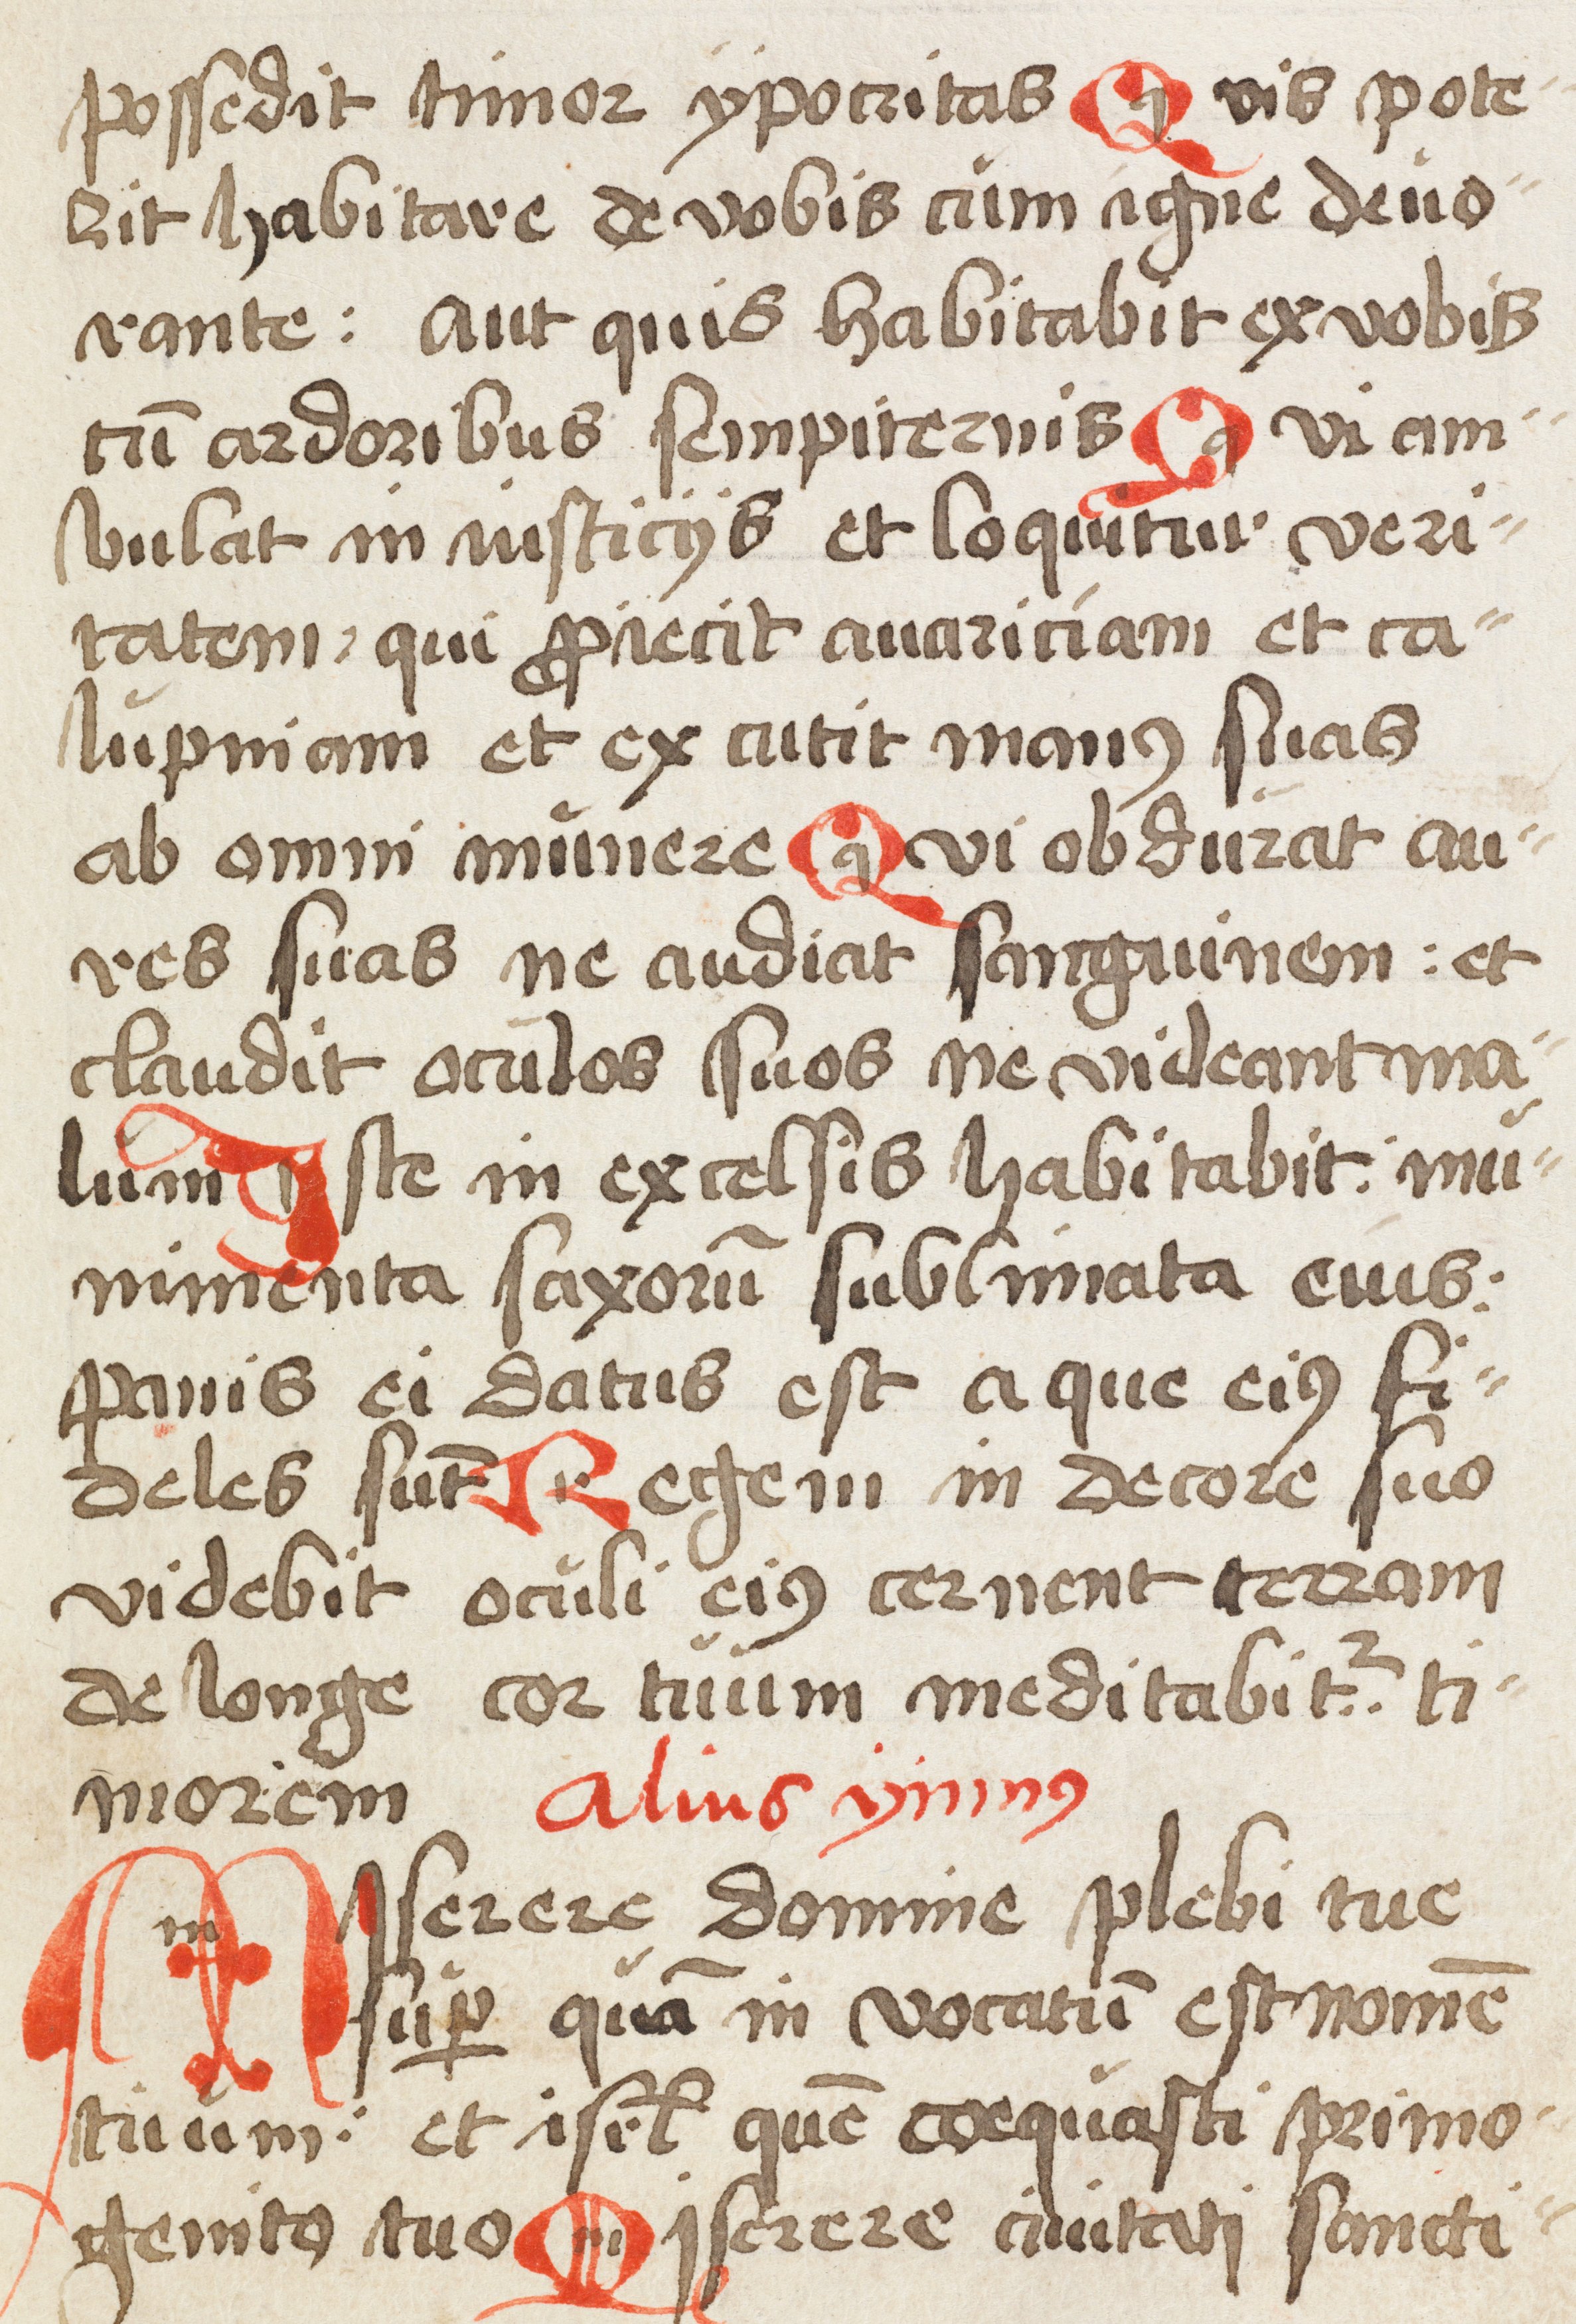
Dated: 1500–1524